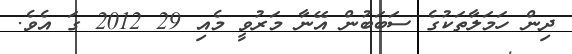
ދިން ހަމަލާތަކުގެ ސަބަބުން އޭނާ މަރުވީ މެއި 29 2012 ގަ އެވެ.